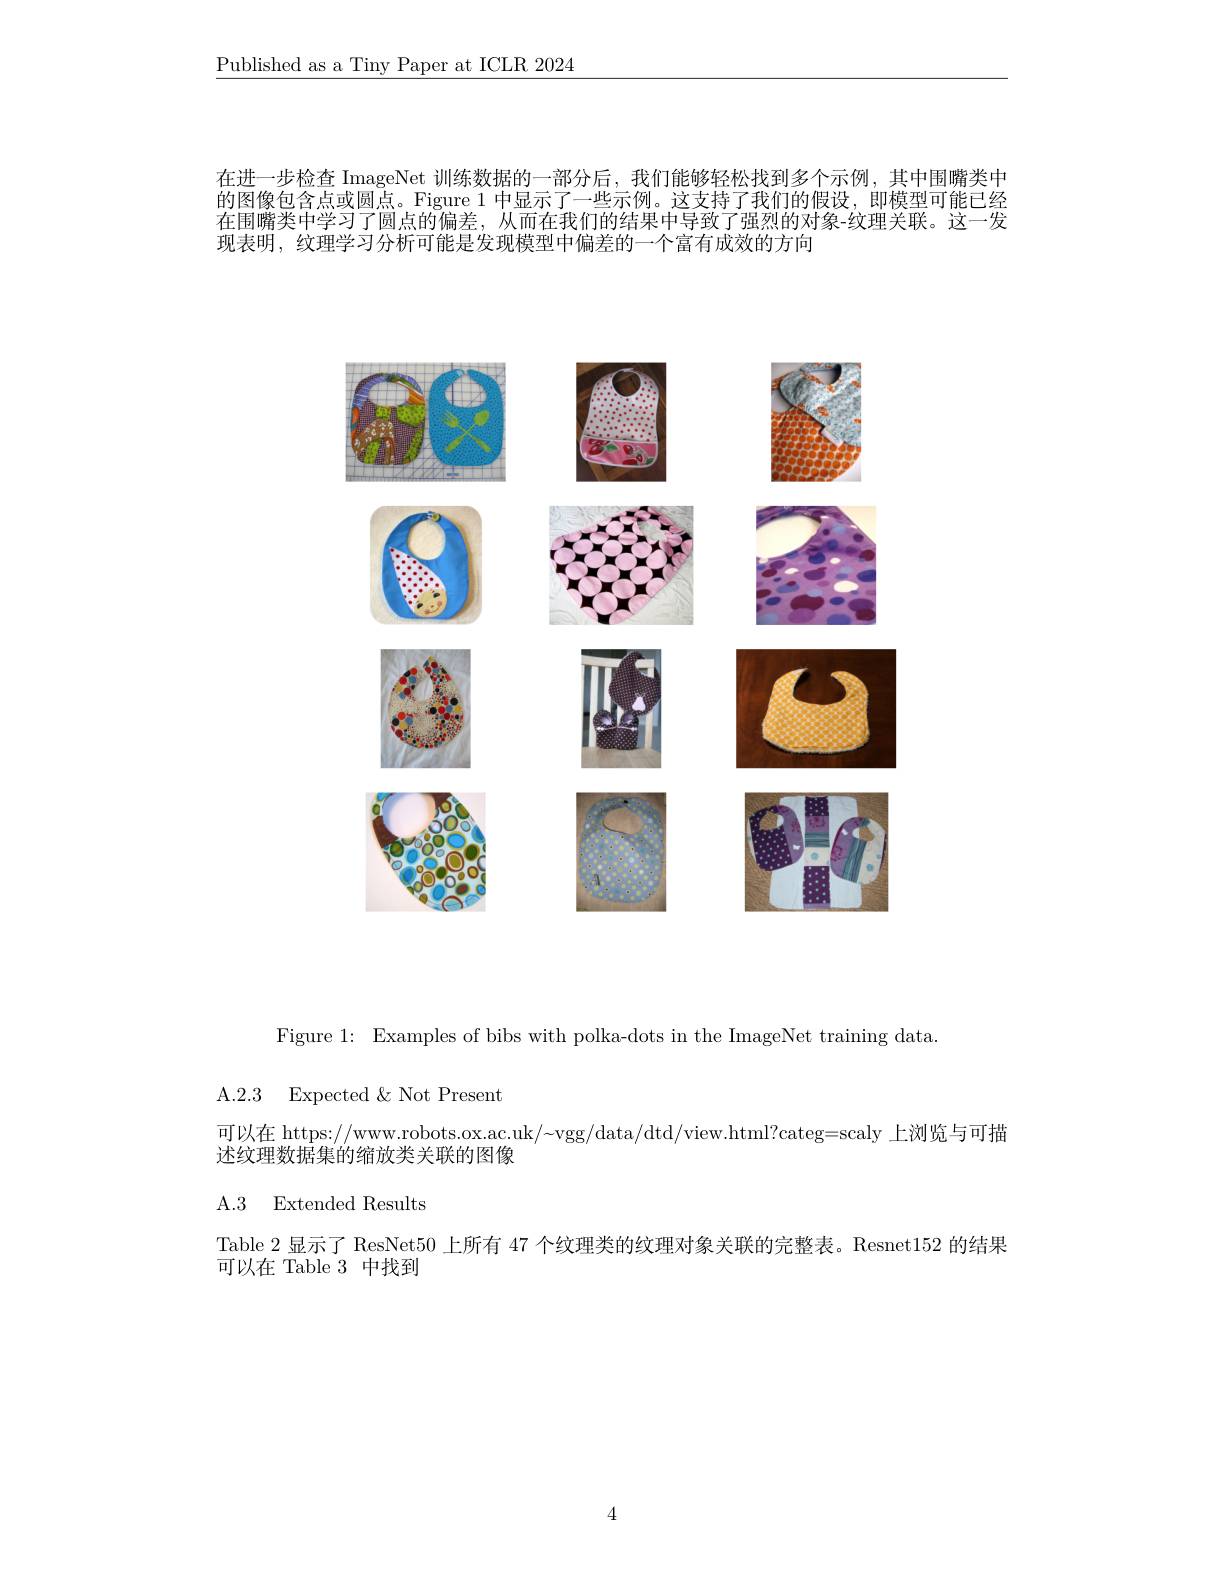
Published as a Tiny Paper at ICLR 2024

在进一步检查 ImageNet 训练数据的一部分后，我们能够轻松找到多个示例，其中围嘴类中的图像包含点或圆点。Figure 1 中显示了一些示例。这支持了我们的假设，即模型可能已经在围嘴类中学习了圆点的偏差，从而在我们的结果中导致了强烈的对象-纹理关联。这一发现表明，纹理学习分析可能是发现模型中偏差的一个富有成效的方向

<FigureHere>

Figure 1: Examples of bibs with polka-dots in the ImageNet training data

A.2.3 Expected &Not Present

可以在 https://www.robots.ox.ac.uk/~vgg/data/dtd/view.html?categ=scaly 上浏览与可描
述纹理数据集的缩放类关联的图像

A.3 Extended Results

Table 2 显示了 ResNet50 上所有 47 个纹理类的纹理对象关联的完整表。Resnet152 的结果
可以在 Table 3 中找到

$\angle1$